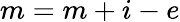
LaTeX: m=m+i-e